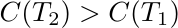
\begin{align*}
    C(T_2) > C(T_1)
\end{align*}